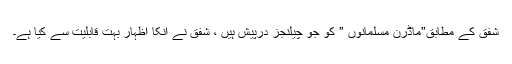
شفق کے مطابق”ماڈرن مسلمانوں ” کو جو چیلنجز درپیش ہیں ، شفق نے انکا اظہار بہت قابلیت سے کیا ہے۔